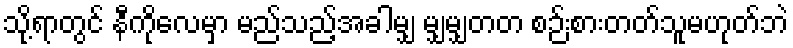
သို့ရာတွင် နီကိုလေမှာ မည်သည့်အခါမျှ မျှမျှတတ စဉ်းစားတတ်သူမဟုတ်ဘဲ